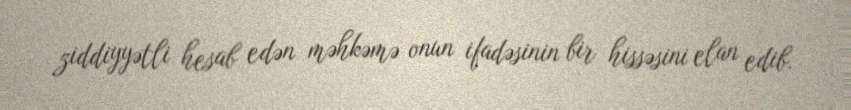
ziddiyyətli hesab edən məhkəmə onun ifadəsinin bir hissəsini elan edib.